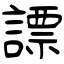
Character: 謤